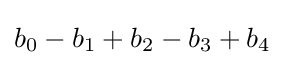
b_{0}-b_{1}+b_{2}-b_{3}+b_{4}